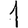
Digit: 1